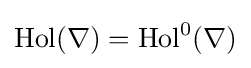
\operatorname {Hol} (\nabla )=\operatorname {Hol} ^{0}(\nabla )